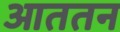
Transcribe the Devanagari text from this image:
आततन